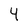
Character: 4